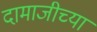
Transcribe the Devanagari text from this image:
दामाजीच्या